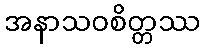
အနာသဝစိတ္တဿ